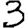
Digit: 3